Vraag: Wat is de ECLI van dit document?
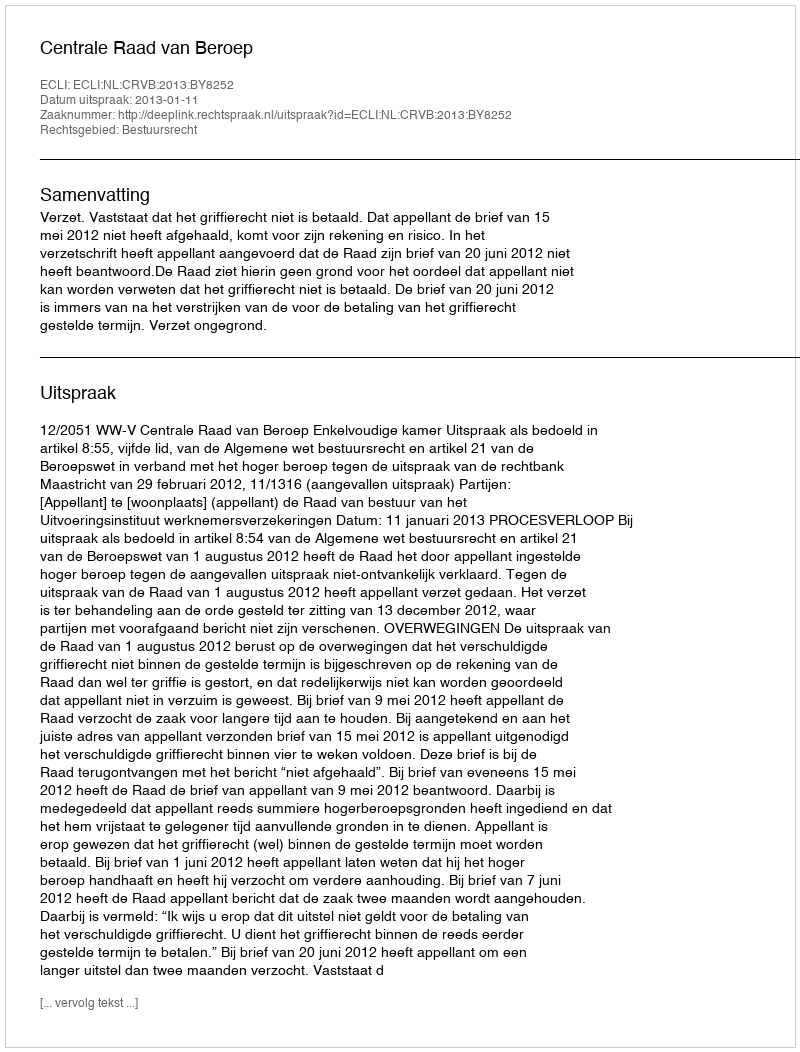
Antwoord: ECLI:NL:CRVB:2013:BY8252